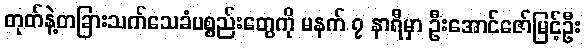
တုတ်နဲ့တခြားသက်သေခံပစ္စည်းတွေကို မနက် ၇ နာရီမှာ ဦးအောင်ဇော်မြင့်ဦး